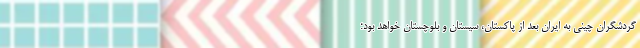
گردشگران چینی به ایران بعد از پاکستان، سیستان و بلوچستان خواهد بود؛